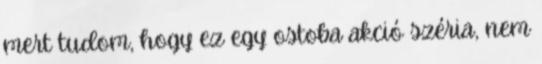
mert tudom, hogy ez egy ostoba akció széria, nem